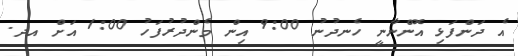
އެ ދަންފަޅި އޮންނާނީ ހެނދުނު 9:00 އިން މެންދުރުފަހު 1:00 އަށް އދ.